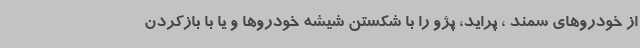
از خودروهای سمند ، پراید، پژو را با شکستن شیشه خودروها و یا با بازکردن